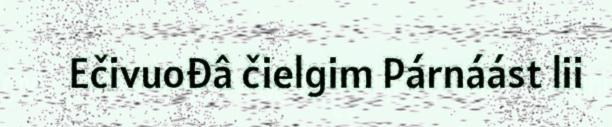
Ečivuođâ čielgim Párnáást lii